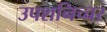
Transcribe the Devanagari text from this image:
उपशनिच्चर